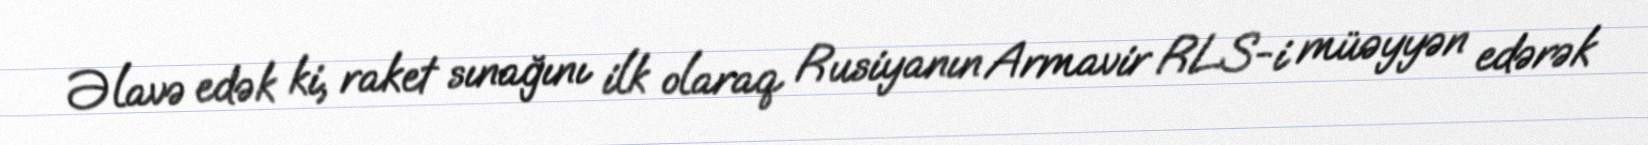
Əlavə edək ki, raket sınağını ilk olaraq Rusiyanın Armavir RLS-i müəyyən edərək